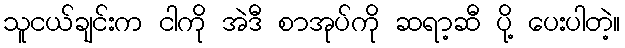
သူငယ်ချင်းက ငါကို အဲဒီ စာအုပ်ကို ဆရာ့ဆီ ပို့ ပေးပါတဲ့။